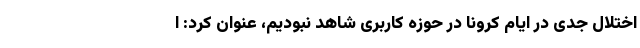
اختلال جدی در ایام کرونا در حوزه کاربری شاهد نبودیم، عنوان کرد: ا